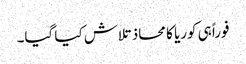
فوراً ہی کوریا کا محاذ تلاش کیا گیا۔